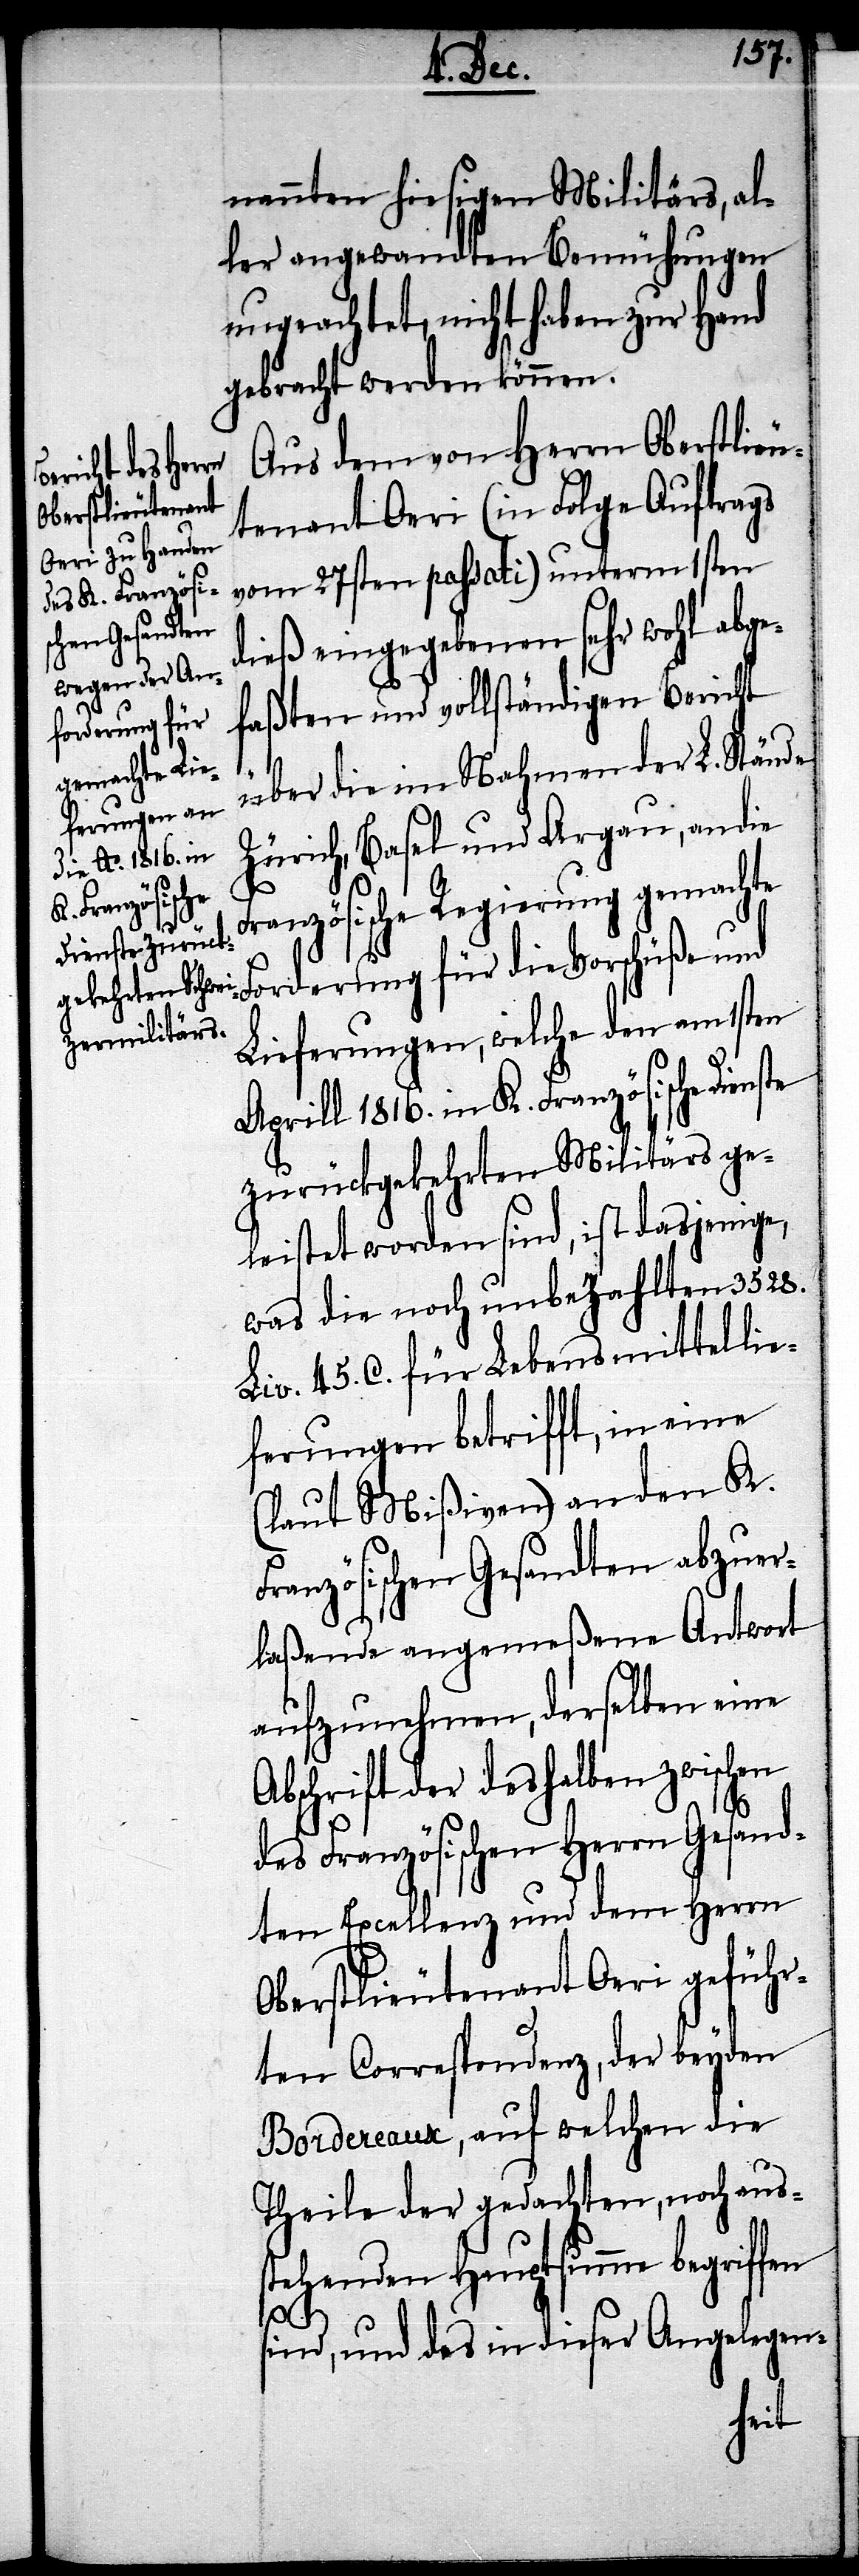
nannten hiesigen Militärs, al¬
ler angewandten Bemühungen
ungeachtet, nicht haben zur Hand
gebracht werden können.
Aus dem von Herrn Oberstlieu¬
tenant Oeri (in Folge Auftrags
vom 27sten passati) unterm 1sten
dieß eingegebenen sehr wohl abge¬
faßten und vollständigen Bericht
über die im Nahmen der L. Stände
Zürich, Basel und Argau, an die
ranzösische Regierung gemachte
Forderung für die Vorschüße und
Lieferungen, welche den am 1sten
Aprill 1816. im K. Französische Dienste
zurückgekehrten Militärs ge¬
leistet worden sind, ist dasjenige,
was die noch unbezahlten 3528.
Liv. 45. C. für Lebensmittellie¬
ferungen betrifft, in eine
(laut Mißiven) an den K.
Französischen Gesandten abzuer¬
laßende angemeßene Antwort
aufzunehmen, derselben eine
Abschrift der deshalben zwischen
F¬
des Französischen Herrn Gesand¬
ten Excellenz und dem Herrn
Oberstlieutenant Oeri geführ¬
ten Correspondenz, der beyden
Bordereaux, auf welchen die
Theile der gedachten, noch aus¬
stehenden Hauptsumme begriffen
sind, und des in dieser Angelegen-